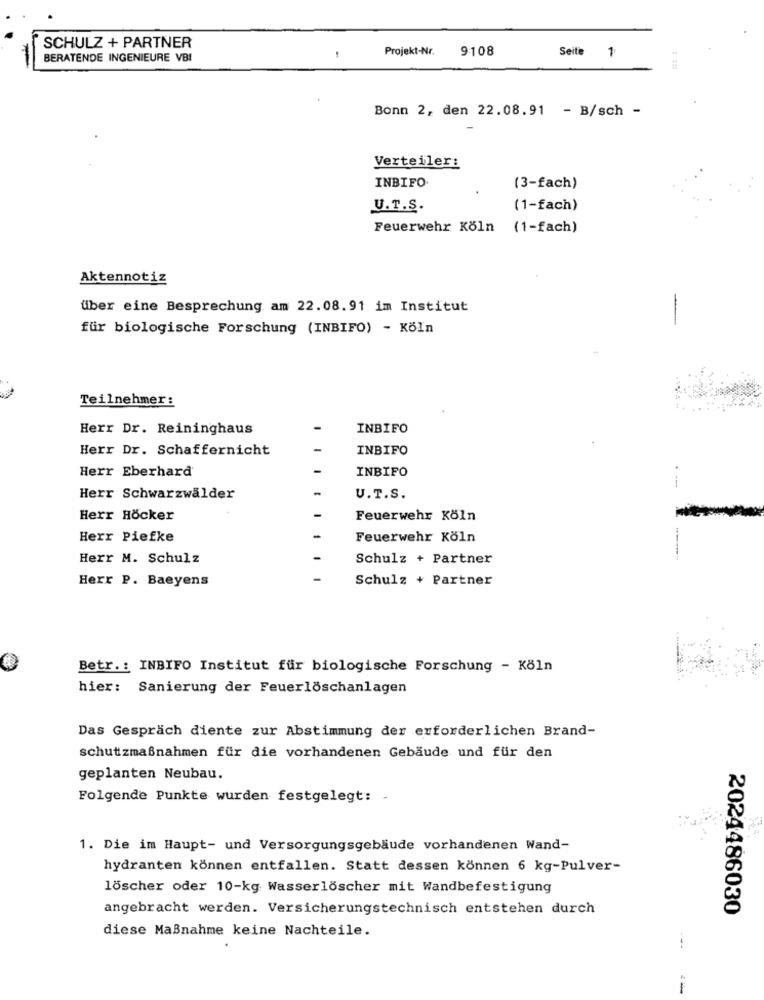
SCHULZ + PARTNER
Projekt-Nr.
9108
Seite
BERATENDE INGENIEURE VBI
1
Bonn 2, den 22.08.91 - B/sch -
Verteiler:
INBIFO
(3-fach)
U.T.S.
(1-fach)
Feuerwehr Köln (1-fach)
Aktennotiz
über eine Besprechung am 22.08.91 im Institut
-
für biologische Forschung (INBIFO) - Köln
Teilnehmer:
Herr Dr. Reininghaus
INBIFO
Herr Dr. Schaffernicht
INBIFO
Herr Eberhard
INBIFO
--
Herr Schwarzwälder
U.T.S.
Herr Höcker
Feuerwehr Köln
Herr Piefke
Feuerwehr Köln
Herr M. Schulz
Schulz + Partner
Herr P. Baeyens
Schulz + Partner
Betr .: INBIFO Institut für biologische Forschung - Köln
hier: Sanierung der Feuerlöschanlagen
Das Gespräch diente zur Abstimmung der erforderlichen Brand-
schutzmaßnahmen für die vorhandenen Gebäude und für den
geplanten Neubau.
Folgende Punkte wurden festgelegt: .
1. Die im Haupt- und Versorgungsgebäude vorhandenen Wand-
hydranten können entfallen. Statt dessen können 6 kg-Pulver-
löscher oder 10-kg Wasserlöscher mit Wandbefestigung
angebracht werden. Versicherungstechnisch entstehen durch
2024486030
diese Maßnahme keine Nachteile.
---